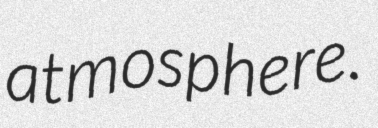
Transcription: atmosphere.